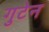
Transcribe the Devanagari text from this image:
गुटेन